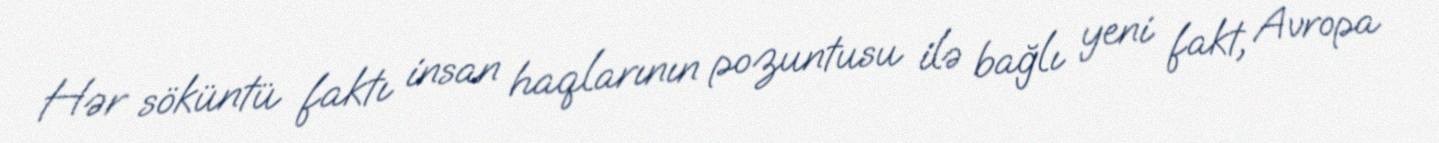
Hər söküntü faktı insan haqlarının pozuntusu ilə bağlı yeni fakt, Avropa